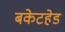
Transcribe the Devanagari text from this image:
बकेटहेड